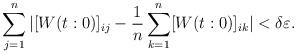
LaTeX: \begin{align*}\sum_{j=1}^{n}|[W(t:0)]_{ij}-\frac{1}{n}\sum_{k=1}^{n}[W(t:0)]_{ik}|<{\delta\varepsilon}.\end{align*}